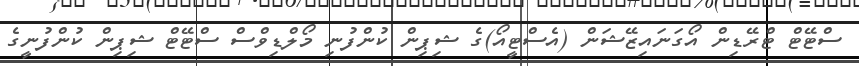
ސްޓޭޓް ޓްރޭޑިން އޯގަނައިޒޭޝަން (އެސްޓީއޯ)ގެ ޝިޕިން ކުންފުނި މޯލްޑިވްސް ސްޓޭޓް ޝިޕިން ކުންފުނީގެ